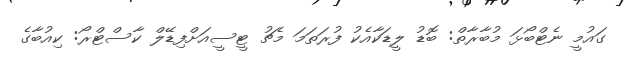
ގައުމީ ނެޓްބޯޅަ މުބާރާތް: ބޮޑު ލީޑަކާއެކު ފުރަތަމަ މެޗު ޓީސީއަށްފިޑޭލް ކާސްޓްރޯ: ކިއުބާގެ